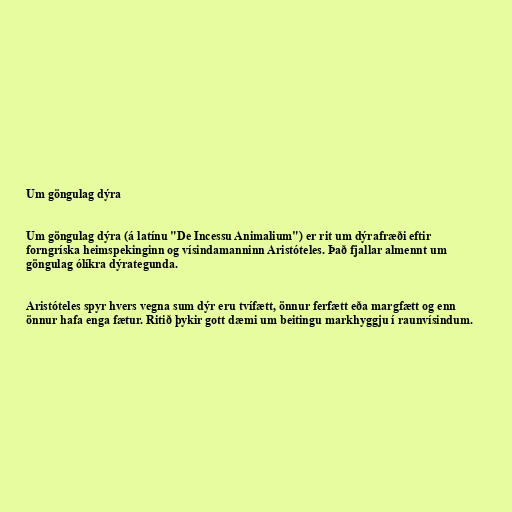
Um göngulag dýra

Um göngulag dýra (á latínu "De Incessu Animalium") er rit um dýrafræði eftir
forngríska heimspekinginn og vísindamanninn Aristóteles. Það fjallar almennt um
göngulag ólíkra dýrategunda.

Aristóteles spyr hvers vegna sum dýr eru tvífætt, önnur ferfætt eða margfætt og enn
önnur hafa enga fætur. Ritið þykir gott dæmi um beitingu markhyggju í raunvísindum.